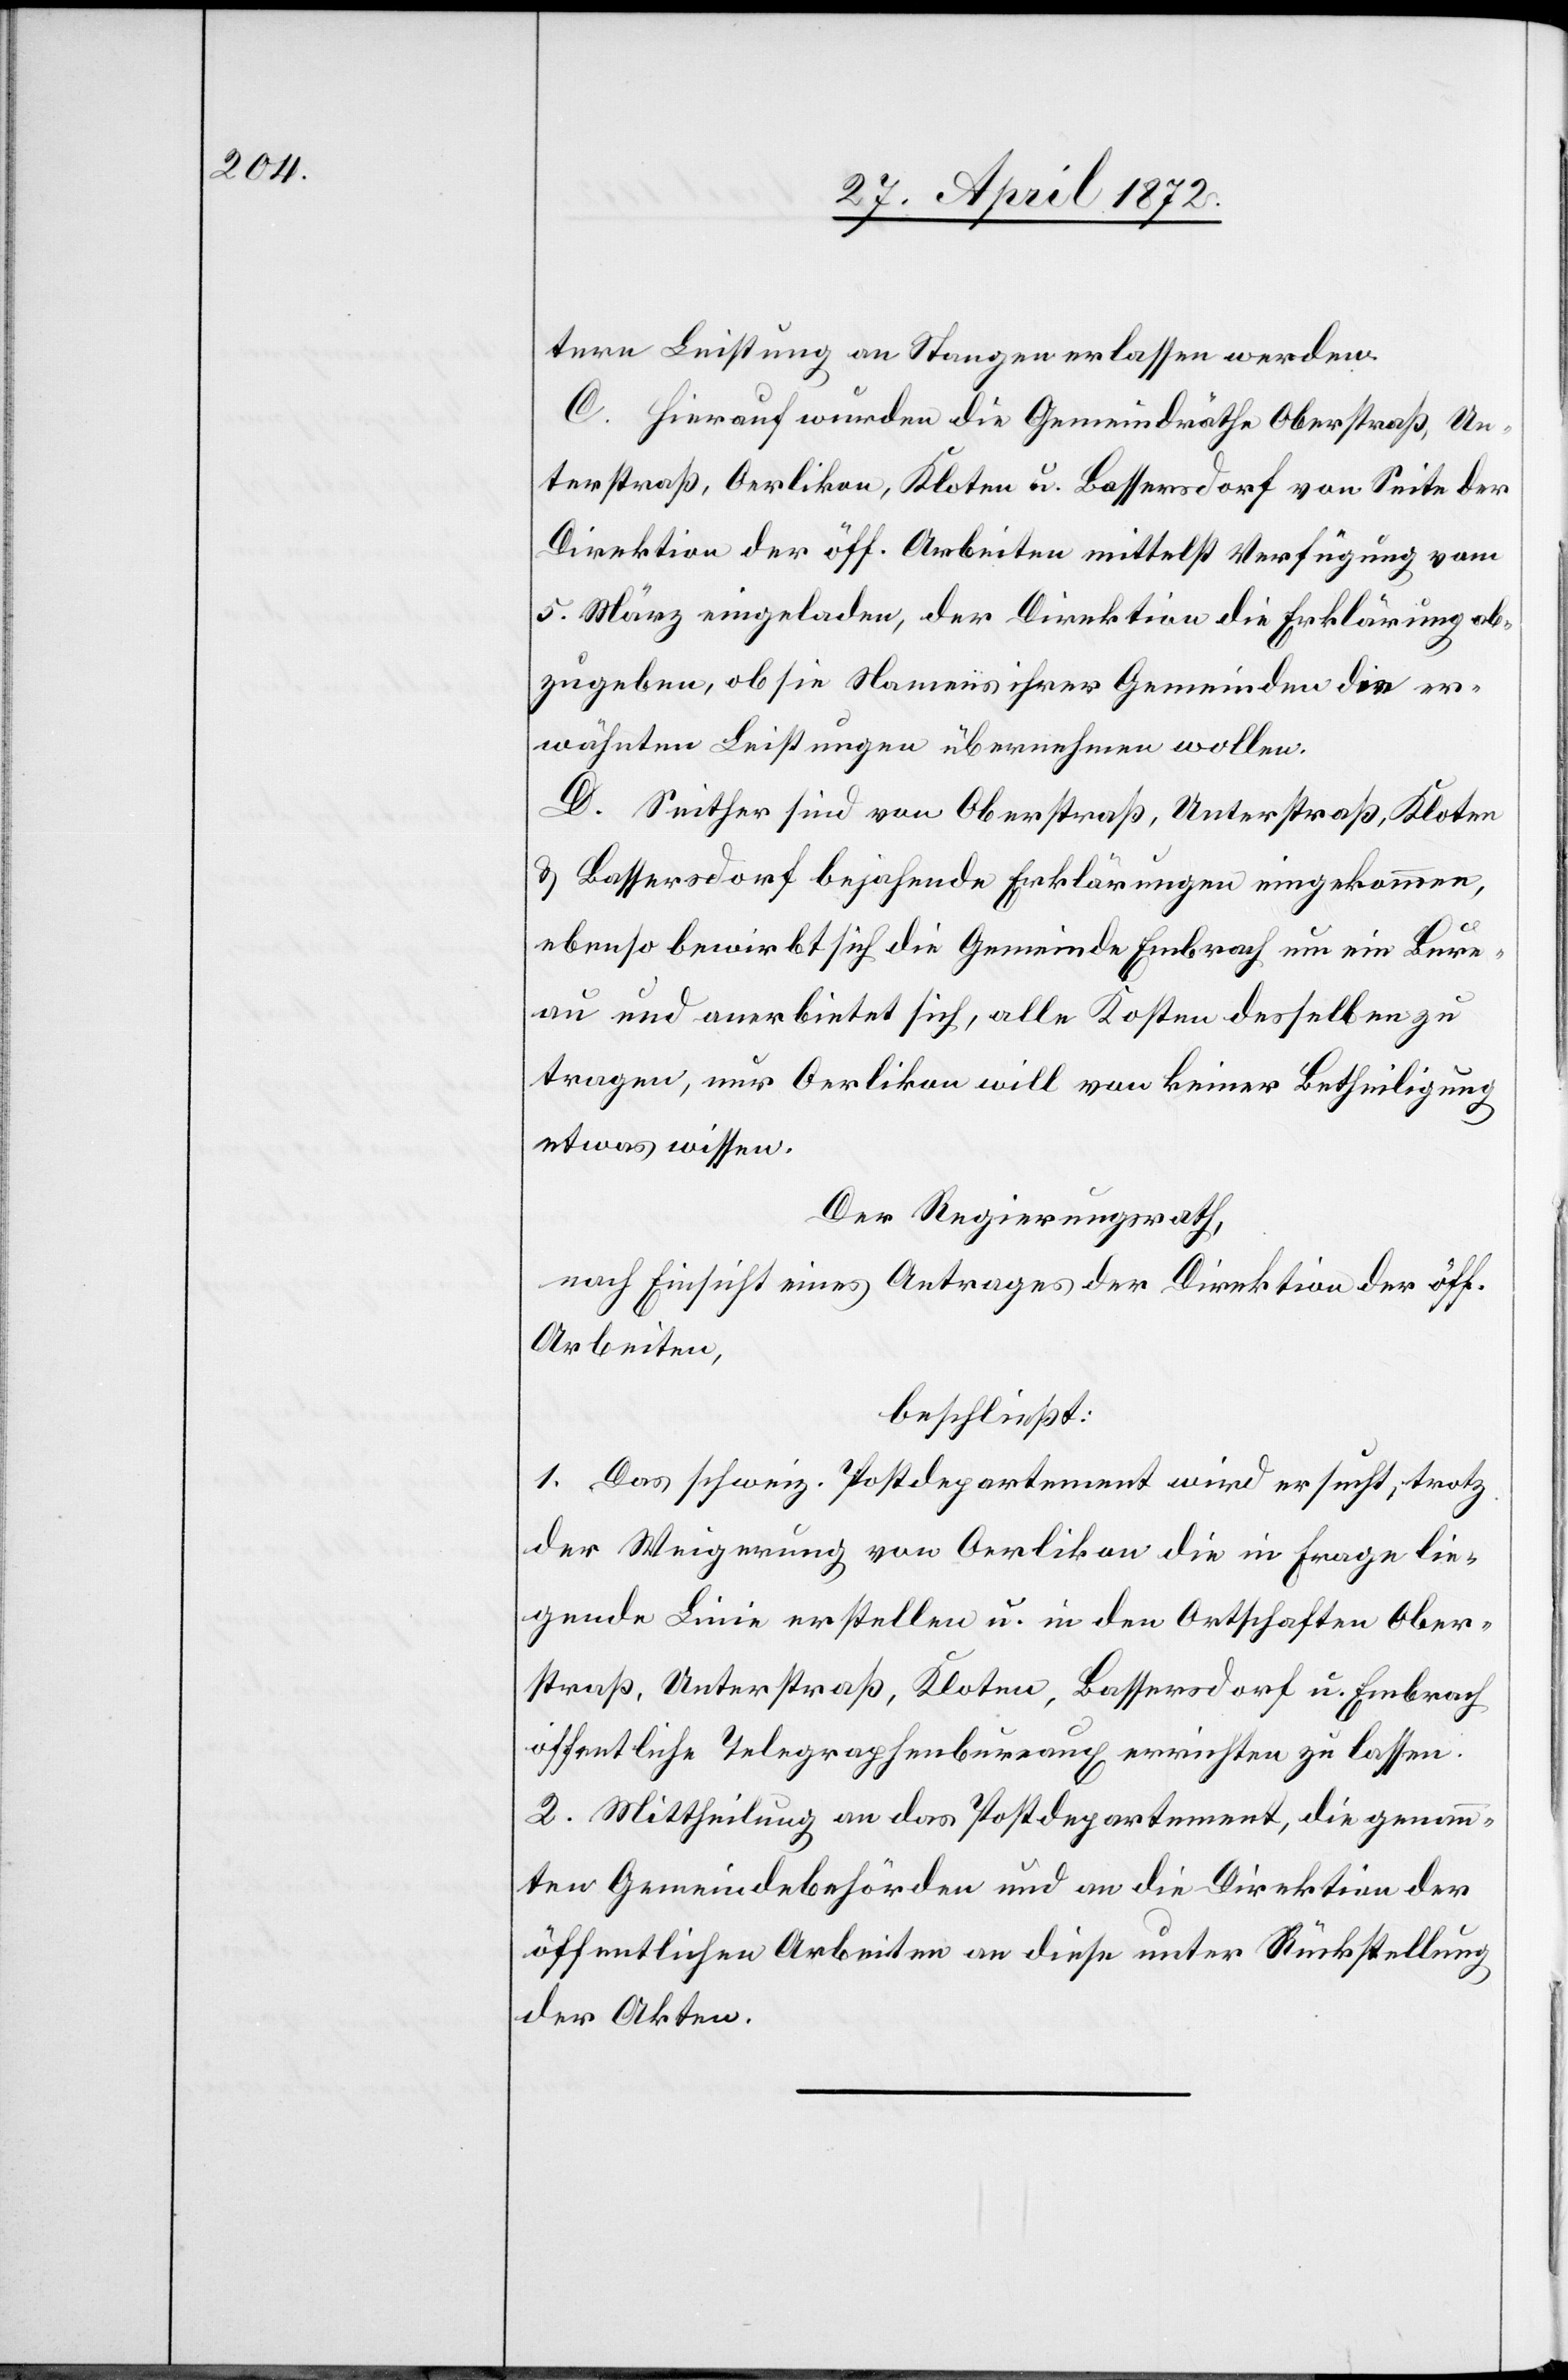
tere Leistung an Stangen erlassen werden.
C. Hierauf wurden die Gemeindräthe Oberstraß, Un¬
terstraß, Oerlikon, Kloten u. Bassersdorf von Seite der
Direktion der öff. Arbeiten mittelst Verfügung vom
5. März eingeladen, der Direktion die Erklärung ab¬
zugeben, ob sie Namens ihrer Gemeinden die er¬
wähnten Leistungen übernehmen wollen.
D. Seither sind von Oberstraß, Unterstraß, Kloten
u. Bassersdorf bejahende Erklärungen eingekommen,
ebenso bewirbt sich die Gemeinde Embrach um ein Bure¬
au und anerbietet sich, alle Kosten desselben zu
tragen, nur Oerlikon will von keiner Betheiligung
etwas wissen.
Der Regierungsrath,
nach Einsicht eines Antrages der Direktion der öff.
Arbeiten,
beschließt:
1. Das schweiz. Postdepartement wird ersucht, trotz
der Weigerung von Oerlikon die in Frage lie¬
gende Linie erstellen u. in den Ortschaften Ober¬
straß, Unterstraß, Kloten, Bassersdorf u. Embrach
öffentliche Telegraphenbureaux errichten zu lassen.
2. Mittheilung an das Postdepartement, die genann¬
ten Gemeindebehörden und an die Direktion der
öffentlichen Arbeiten[,] an diese unter Rückstellung
der Akten.